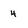
Character: 4